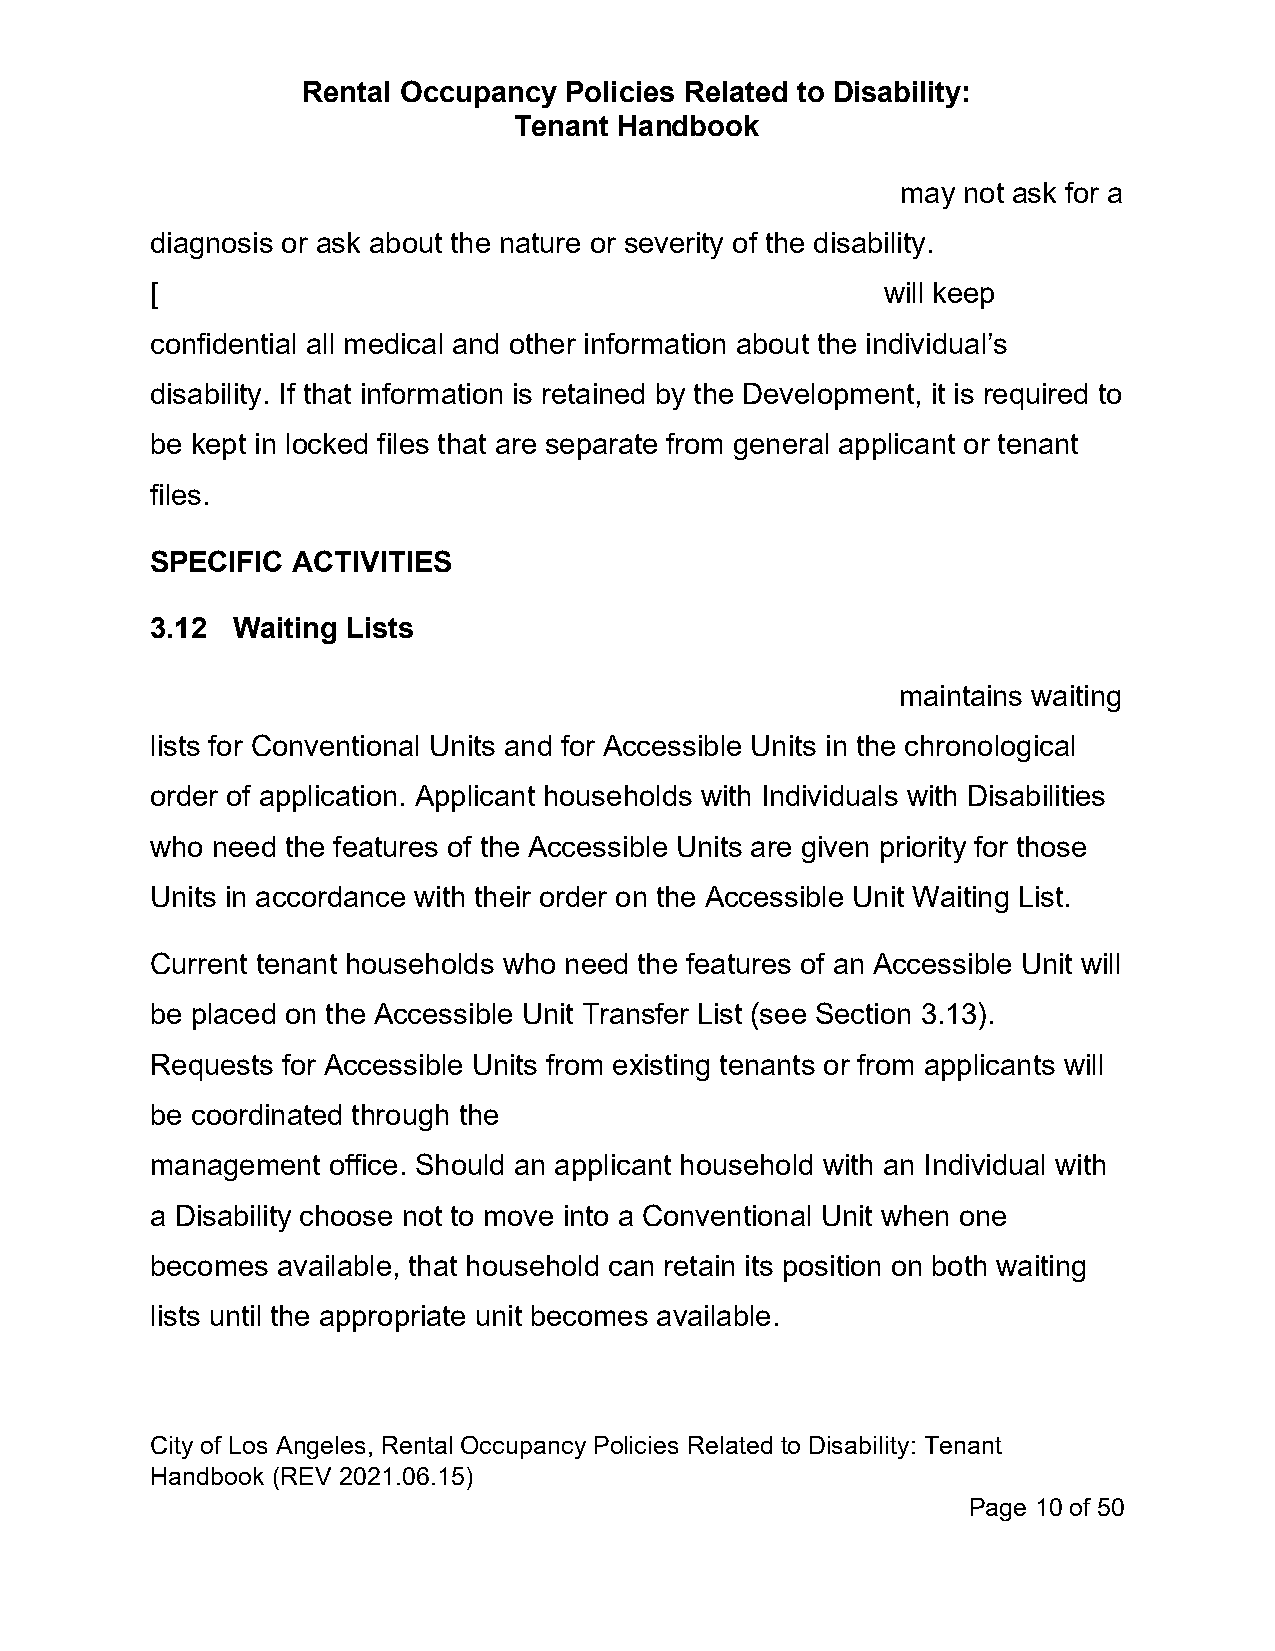
Rental Occupancy Policies Related to Disability:
 Tenant Handbook
 may not ask for a
 diagnosis or ask about the nature or severity of the disability.
 [                                               will keep
 confidential all medical and other information about the individual’s
 disability. If that information is retained by the Development, it is required to
 be kept in locked files that are separate from general applicant or tenant
 files.
 SPECIFIC ACTIVITIES
 3.12 Waiting Lists
 maintains waiting
 lists for Conventional Units and for Accessible Units in the chronological
 order of application. Applicant households with Individuals with Disabilities
 who need the features of the Accessible Units are given priority for those
 Units in accordance with their order on the Accessible Unit Waiting List.
 Current tenant households who need the features of an Accessible Unit will
 be placed on the Accessible Unit Transfer List (see Section 3.13).
 Requests for Accessible Units from existing tenants or from applicants will
 be coordinated through the
 management  office. Should an applicant household with an Individual with
 a Disability choose not to move into a Conventional Unit when one
 becomes available, that household can retain its position on both waiting
 lists until the appropriate unit becomes available.
 City of Los Angeles, Rental Occupancy Policies Related to Disability: Tenant
 Handbook (REV 2021.06.15)
 Page 10 of 50